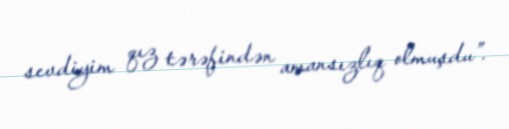
sevdiyim qız tərəfindən amansızlıq olmuşdu”.